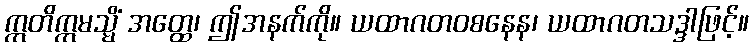
ဣတိဣမသ္မိံ အတ္ထေ၊ ဤအနက်ကို။ ယထာဂတဝစနေန၊ ယထာဂတသဒ္ဒါဖြင့်။